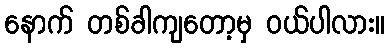
နောက် တစ်ခါကျတော့မှ ဝယ်ပါလား။